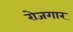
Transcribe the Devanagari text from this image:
राेजगार